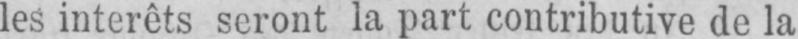
les intérêts seront la part contributive de la